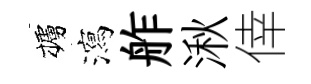
櫨瀉舴湫倖